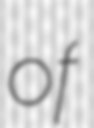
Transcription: of